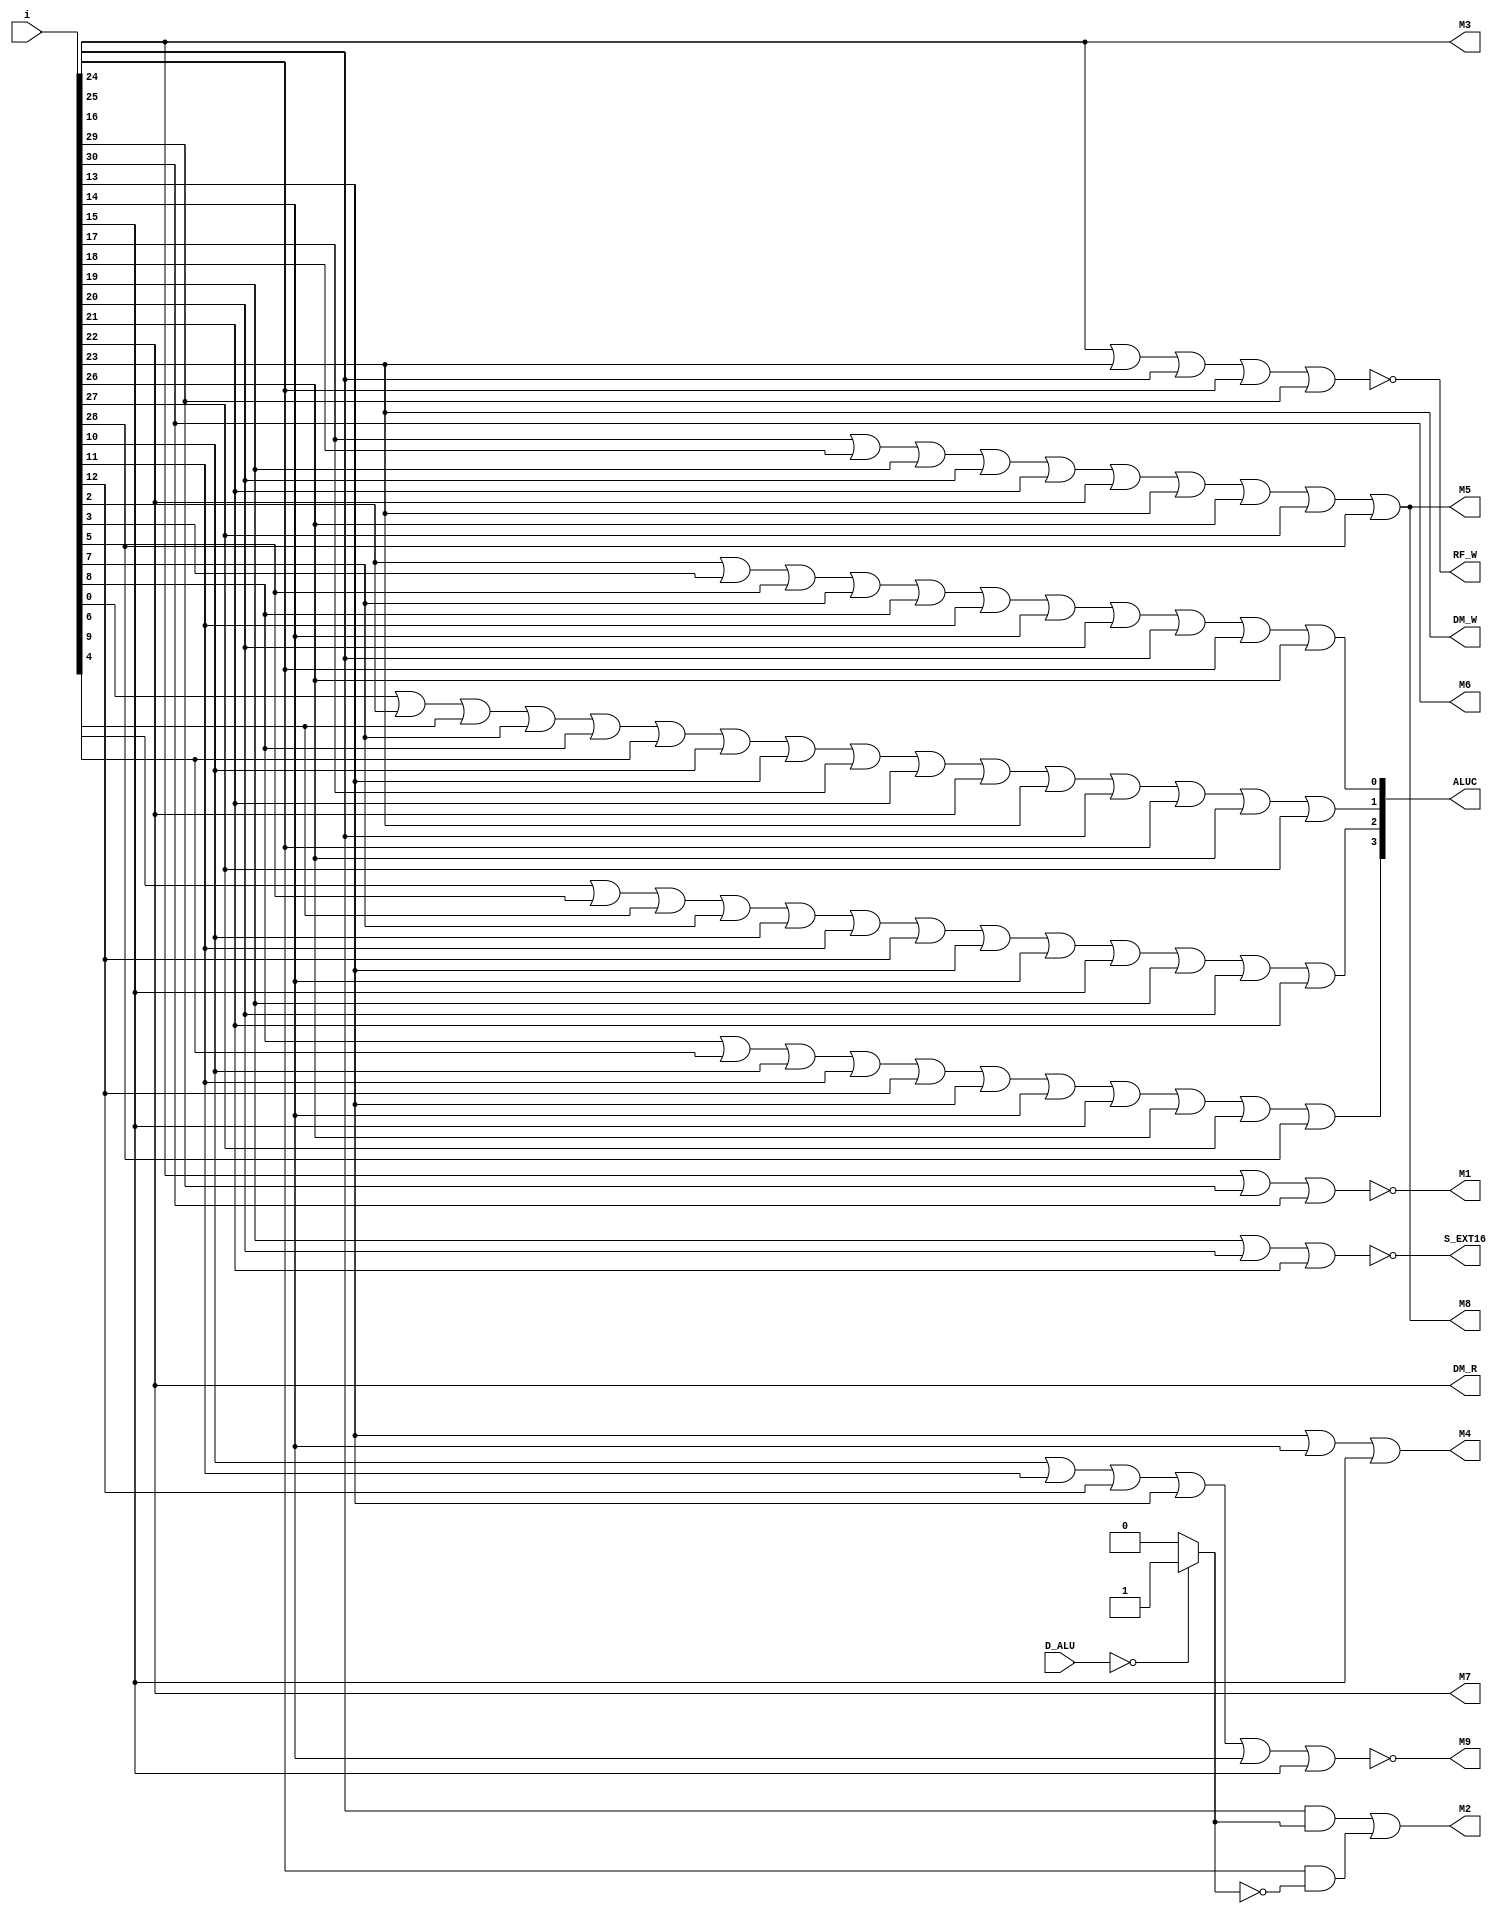
`timescale 1ns / 1ps
module controller(
    input [31:0] D_ALU,
    input [31:0] i,    
    output M1,       
    output M2,        
    output M3,        
    output M4,        
    output M5,        
    output M6,       
    output M7,       
    output M9,      
    output M8,      
    output [3:0] ALUC,
    output RF_W,      
    output DM_W,   
    output DM_R,     
    output S_EXT16
    );
    wire zero;
    assign zero=(D_ALU==0)?1:0;
    assign M1 = ~(i[16] | i[29] | i[30]);
    assign M2 = ( i[24] & zero) | (i[25] & ~zero);
    assign M3 = i[16];
    assign M4 = i[13] | i[14] | i[15];
    assign M5 = i[17] | i[18] | i[19] | i[20] | i[21] | i[22] | i[23] | i[26] | i[27] | i[28];
    assign M6 = i[30];
    assign M7 = i[22];
    assign M9 = ~(i[10] | i[11] | i[12] | i[13] | i[14] | i[15]);
    assign M8 = i[17] | i[18] | i[19] | i[20] | i[21] | i[22] | i[23] | i[26] | i[27] | i[28];
    
    assign RF_W = ~(i[16] | i[23] | i[24] | i[25] | i[29]);
    assign DM_W = i[23];//write
    assign DM_R = i[22];//read
    assign S_EXT16 = ~(i[19] | i[20] | i[21]);
        
    assign ALUC[0] = i[2] | i[3] | i[5] | i[7] | i[8] | i[11] | i[14] | i[20] | i[24] | i[25] | i[26];
    assign ALUC[1] = i[0] | i[2] | i[6] | i[7] | i[8] | i[9] | i[10] | i[13] | i[17] | i[21] | i[22] | i[23] | i[24] | i[25] | i[26] | i[27];
    assign ALUC[2] = i[4] | i[5] | i[6] | i[7] | i[10] | i[11] | i[12] | i[13] | i[14] | i[15] | i[19] | i[20] | i[21];
    assign ALUC[3] = i[8] | i[9] | i[10] | i[11] | i[12] | i[13] | i[14] | i[15] | i[26] | i[27] | i[28];
endmodule